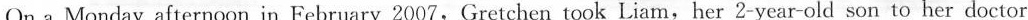
On a Monday afternoon in February 2007,Gretchen took Liam,her 2-year-old son to her doctor